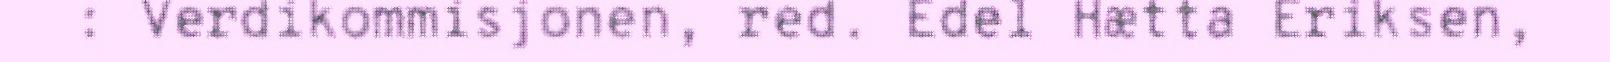
: Verdikommisjonen, red. Edel Hætta Eriksen,